Burma Government Medical School reports 1923-41
Year: 1923
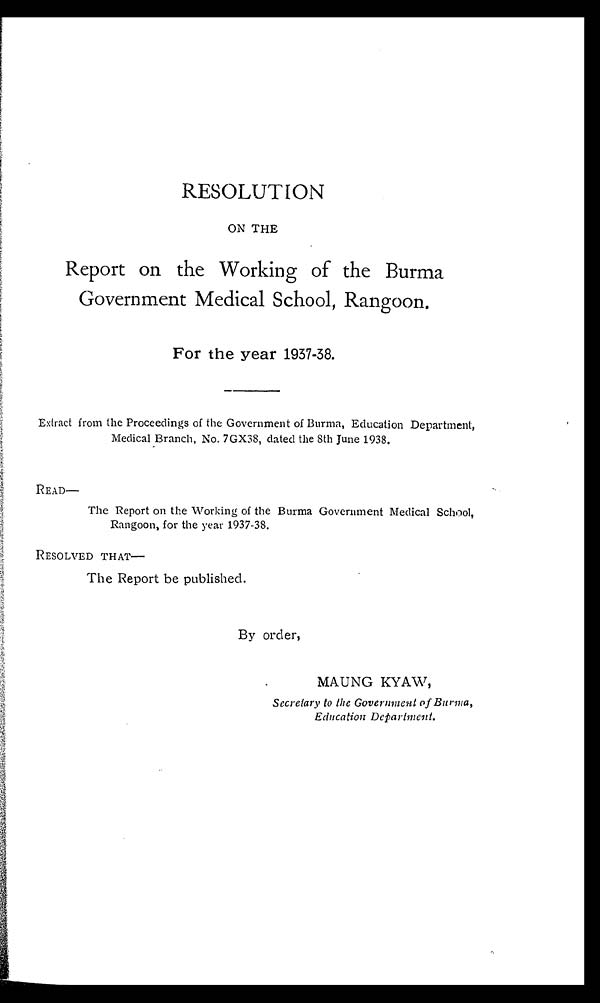
RESOLUTION
ON THE
Report on the Working of the Burma
Government Medical School, Rangoon.
For the year 1937-38.
Extract from the Proceedings of the Government of Burma, Education Department,
Medical Branch, No. 7GX38, dated the 8th June 1938.
READ—
The Report on the Working of the Burma Government Medical School,
Rangoon, for the year 1937-38.
RESOLVED THAT—
The Report be published.
By order,
MAUNG KYAW,
Secretary to the Government of Burma,
Education Department.